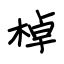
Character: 棹